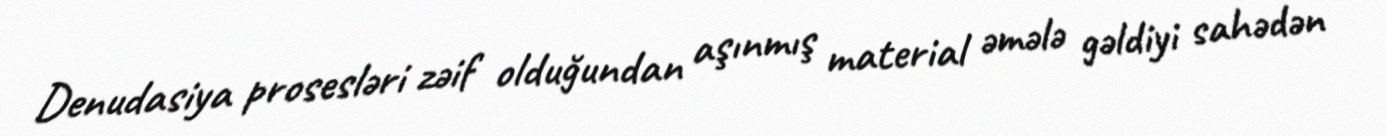
Denudasiya prosesləri zəif olduğundan aşınmış material əmələ gəldiyi sahədən